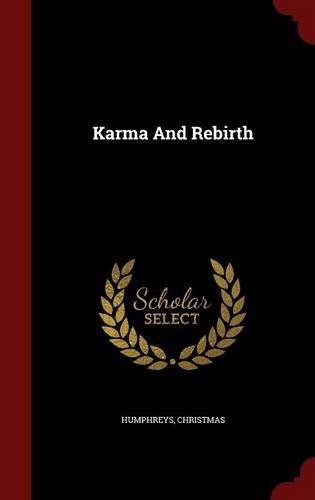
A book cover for Karma And Rebirth; Christmas Humphreys; Religion & Spirituality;